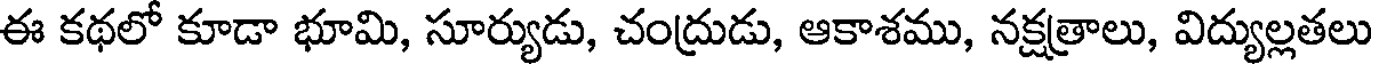
ఈ కథలో కూడా భూమి, సూర్యుడు, చంద్రుడు, ఆకాశము, నక్షత్రాలు, విద్యుల్లతలు